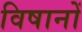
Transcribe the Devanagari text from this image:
विषानों